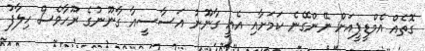
ގޮތެއް އެމްޑީޕީއަށް ނޭންގޭނެ ކަމަށާއި އެއީ ގާނޫނު އަސާސީއާ ގާނޫނުގެ ރޫހާވެސް ހިލާފު